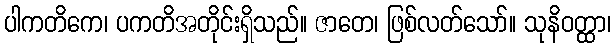
ပါကတိကေ၊ ပကတိအတိုင်းရှိသည်။ ဇာတေ၊ ဖြစ်လတ်သော်။ သုနိဝတ္ထာ၊